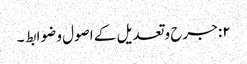
۲: جرح وتعدیل کے اصول و ضوابط ۔